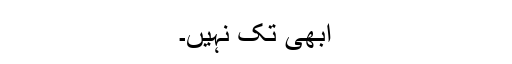
ابھی تک نہیں۔